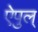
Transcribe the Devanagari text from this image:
ऐपुल्‌